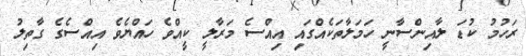
ރަހުމު ކުޑަ ލާއިންސާނީ ހަމަލާތަކެއްގައި އިއްސެ މަރާލީ ކީއްވެ ހައްޔެވެ އިއްސެގެ ގާތިލު